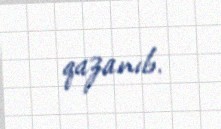
qazanıb.